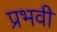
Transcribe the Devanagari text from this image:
प्रभवी